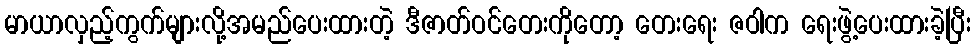
မာယာလှည့်ကွက်များလို့အမည်ပေးထားတဲ့ ဒီဇာတ်ဝင်တေးကိုတော့ တေးရေး ဇဝါက ရေးဖွဲ့ပေးထားခဲ့ပြီး